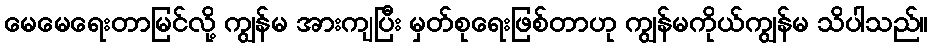
မေမေရေးတာမြင်လို့ ကျွန်မ အားကျပြီး မှတ်စုရေးဖြစ်တာဟု ကျွန်မကိုယ်ကျွန်မ သိပါသည်။